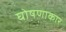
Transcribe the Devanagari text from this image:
घोषणाकार